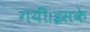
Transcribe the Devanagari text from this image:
गयी।इसके